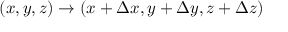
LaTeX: ( x , y , z ) \to ( x + \Delta x , y + \Delta y , z + \Delta z )